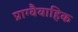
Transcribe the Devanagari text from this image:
प्राग्वैवाहिक